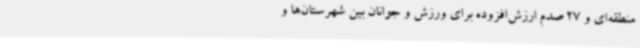
منطقه‌ای و 27 صدم ارزش‌افزوده برای ورزش و جوانان بین شهرستان‌ها و